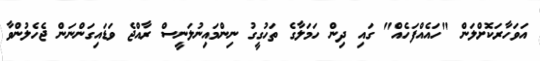
އަވަހާރަކޮށްލަން "ހައެއްފަހެއް" ގައި ދިން ހަމަލާގެ ތަހުގީގު ނިންމައިނުލަނީސް ރާއްޖެ ވަޑައިގަންނަން ޖެހެލުންވާ